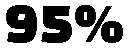
95%